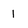
Character: 1